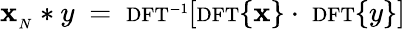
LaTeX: \mathbf{x}_{_{N}}*y\ =\ \scriptstyle\mathrm{{{DFT}}}^{-1}\displaystyle\left[\scriptstyle\mathrm{{{DFT}}}\displaystyle\{ \mathbf{x}\} \cdot\ \scriptstyle\mathrm{{{DFT}}}\displaystyle\{ y\} \right]